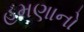
હમણાનો